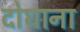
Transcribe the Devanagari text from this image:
दोघाना